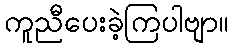
ကူညီပေးခဲ့ကြပါဗျာ။